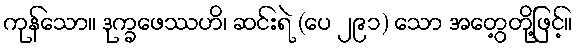
ကုန်သော။ ဒုက္ခဖေဿဟိ၊ ဆင်းရဲ (ပေ ၂၉၁) သော အတွေ့တို့ဖြင့်။